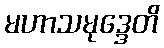
မဟာသမုဒ္ဒေတိ